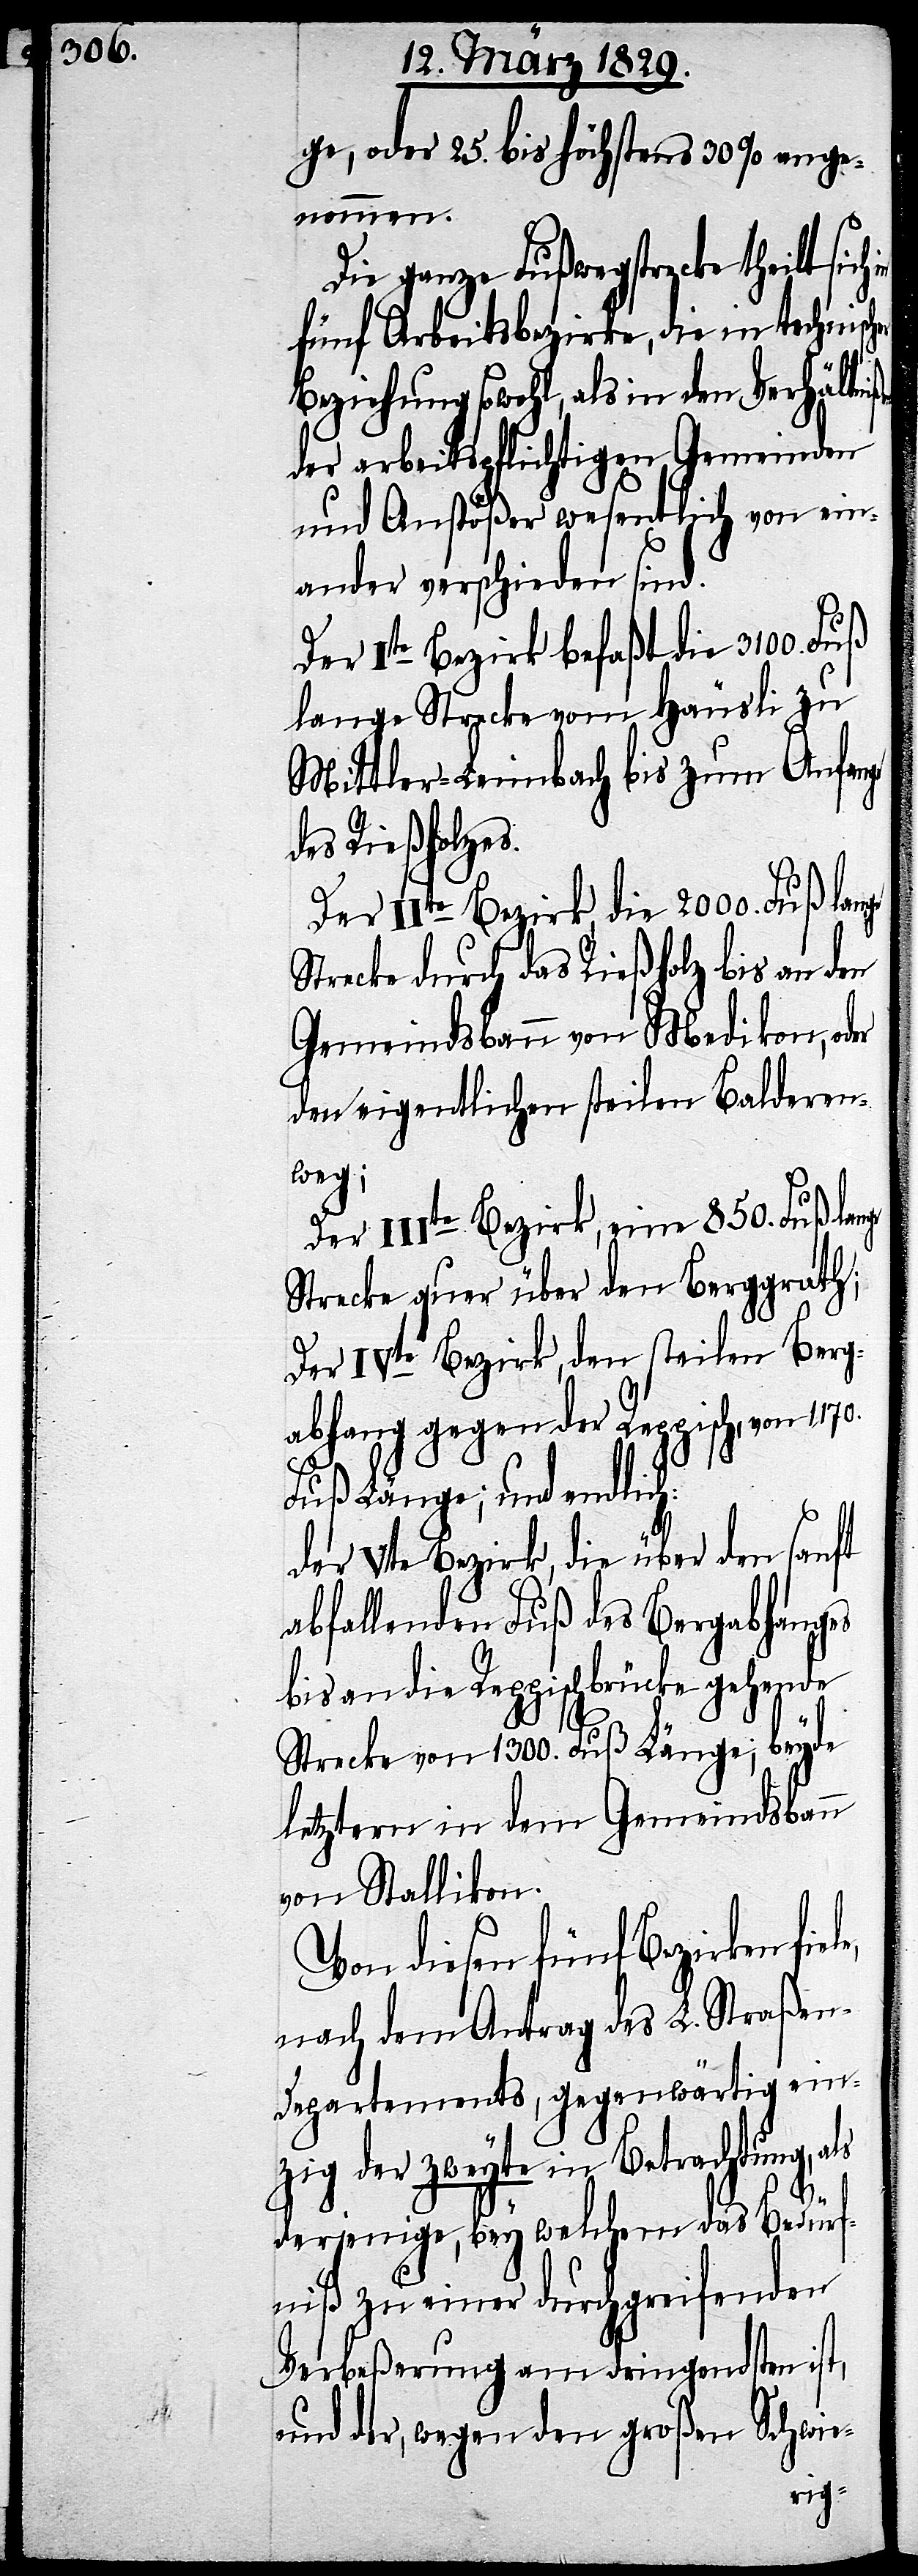
ge, oder 25. bis höchstens 30% ange¬
nommen.
Die ganze Fußwegstrecke theilt sich
fünf Arbeitsbezirke, die in technisch¬
Beziehung sowohl, als in den Verhältni¬
der arbeitspflichtigen Gemeinden
und Anstößer wesentlich von ein¬
ander verschieden sind.
le,
Der Ite Bezirk befaßt die 3100. Fuß
lange Strecke vom Häusli zu
Mittler-Leimbach bis zum Anfange
des Rießholzes.
Der IIte Bezirk, die 2000. Fuß lange
Strecke durch das Rießholz bis an den
Gemeindsbann von Medikon, oder
den eigentlichen steilen Balderen¬
weg;
Der IIIte Bezirk, eine 850. Fuß la¬
Strecke quer über den Berggrath;
Der IVte Bezirk, den steilen Berg¬
abhang gegen den Reppisch, von
Fuß Länge; und endlich:
der Vte Bezirk, die über den sanft
abfallenden Fuß des Bergabhanges
bis an die Reppischbrücke gehende
Strecke von 1300. Fuß Länge; beyde
letztern in dem Gemeindsbann
von Stallikon.
Von diesen fünf Bezirken fie¬
nach dem Antrag des L. Straße¬
n-Departements, gegenwärtig ein¬
zig der zweyte in Betrachtung, als
derjenige, bey welchem das Bedürf¬
niß zu einer durchgreifenden
Verbeßerung am dringendsten ist,
und der, wegen den großen Schwie-
nge